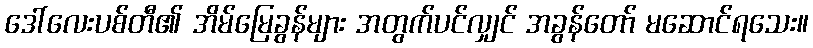
ဒေါ်လေးပစ်တီ၏ အိမ်မြေခွန်များ အတွက်ပင်လျှင် အခွန်တော် မဆောင်ရသေး။